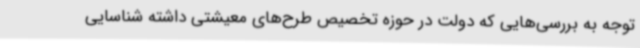
توجه به بررسی‌هایی که دولت در حوزه تخصیص طرح‌های معیشتی داشته شناسایی